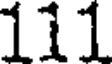
111